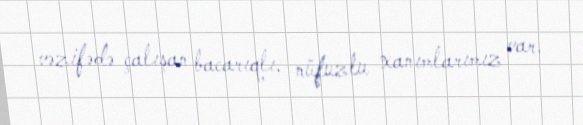
vəzifədə çalışan bacarıqlı, nüfuzlu xanımlarımız var.